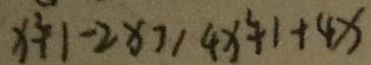
x ^ { 2 } + 1 - 2 x \geq 4 x ^ { 2 } + 1 + 4 x